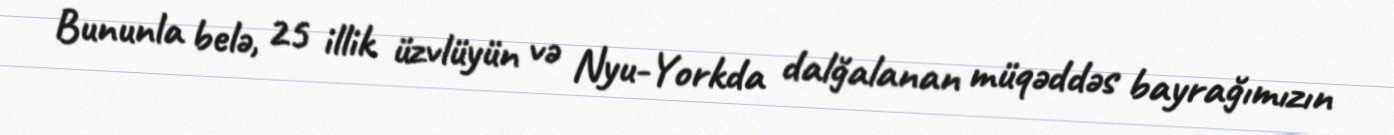
Bununla belə, 25 illik üzvlüyün və Nyu-Yorkda dalğalanan müqəddəs bayrağımızın